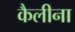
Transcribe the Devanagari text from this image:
कैलीना